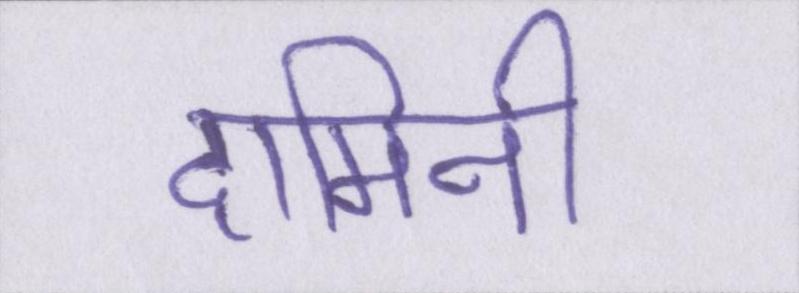
दामिनी